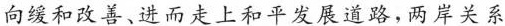
向缓和改善、进而走上和平发展道路，两岸关系